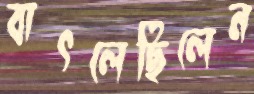
বাৎলেছিলেন